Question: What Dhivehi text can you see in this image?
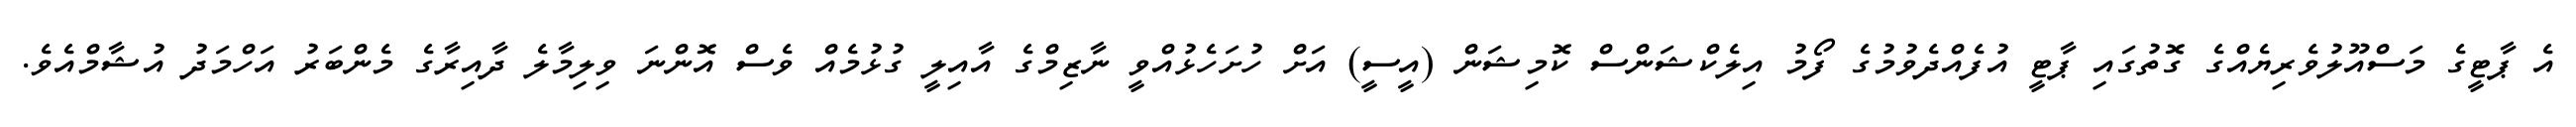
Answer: އެ ޕާޓީގެ މަސްއޫލުވެރިޔެއްގެ ގޮތުގައި ޕާޓީ އުފެއްދެވުމުގެ ފޯމު އިލެކްޝަންސް ކޮމިޝަން (އީސީ) އަށް ހުށަހެޅުއްވީ ނާޒިމްގެ އާއިލީ ގުޅުމެއް ވެސް އޮންނަ ވިލިމާލެ ދާއިރާގެ މެންބަރު އަހްމަދު އުޝާމްއެވެ.